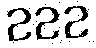
222